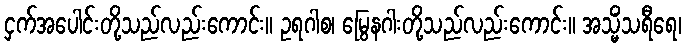
ငှက်အပေါင်းတို့သည်လည်းကောင်း။ ဥရဂါစ၊ မြွေနဂါးတို့သည်လည်းကောင်း။ အသ္မိံသရီရေ၊